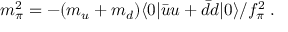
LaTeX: m _ { \pi } ^ { 2 } = - ( m _ { u } + m _ { d } ) \langle 0 | \bar { u } u + \bar { d } d | 0 \rangle / f _ { \pi } ^ { 2 } \; .